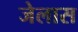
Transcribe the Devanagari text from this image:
जेलास